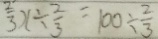
\frac { 2 } { 3 } x \div \frac { 2 } { 3 } = 1 0 0 \div \frac { 2 } { 3 }